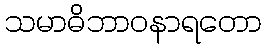
သမာဓိဘာဝနာရတော